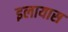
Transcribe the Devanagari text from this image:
इलायास